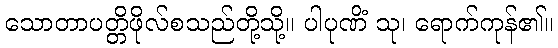
သောတာပတ္တိဖိုလ်စသည်တို့သို့။ ပါပုဏိံ သု၊ ရောက်ကုန်၏။